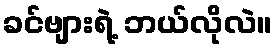
ခင်ဗျားရဲ့ ဘယ်လိုလဲ။